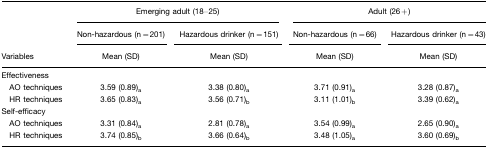
<table><thead><tr><td></td><td colspan="2"><b>Emerging adult (18–25)</b></td><td colspan="2"><b>Adult (26+)</b></td></tr><tr><td></td><td><b>Non-hazardous (n=201)</b></td><td><b>Hazardous drinker (n=151)</b></td><td><b>Non-hazardous (n=66)</b></td><td><b>Hazardous drinker (n=43)</b></td></tr><tr><td><b>Variables</b></td><td><b>Mean (SD)</b></td><td><b>Mean (SD)</b></td><td><b>Mean (SD)</b></td><td><b>Mean (SD)</b></td></tr></thead><tbody><tr><td>Effectiveness</td><td></td><td></td><td></td><td></td></tr><tr><td> AO techniques</td><td>3.59 (0.89)<sub>a</sub></td><td>3.38 (0.80)<sub>a</sub></td><td>3.71 (0.91)<sub>a</sub></td><td>3.28 (0.87)<sub>a</sub></td></tr><tr><td> HR techniques</td><td>3.65 (0.83)<sub>a</sub></td><td>3.56 (0.71)<sub>b</sub></td><td>3.11 (1.01)<sub>b</sub></td><td>3.39 (0.62)<sub>a</sub></td></tr><tr><td>Self-efficacy</td><td></td><td></td><td></td><td></td></tr><tr><td> AO techniques</td><td>3.31 (0.84)<sub>a</sub></td><td>2.81 (0.78)<sub>a</sub></td><td>3.54 (0.99)<sub>a</sub></td><td>2.65 (0.90)<sub>a</sub></td></tr><tr><td> HR techniques</td><td>3.74 (0.85)<sub>b</sub></td><td>3.66 (0.64)<sub>b</sub></td><td>3.48 (1.05)<sub>a</sub></td><td>3.60 (0.69)<sub>b</sub></td></tr></tbody></table>